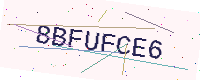
Text: 8BFUFCE6